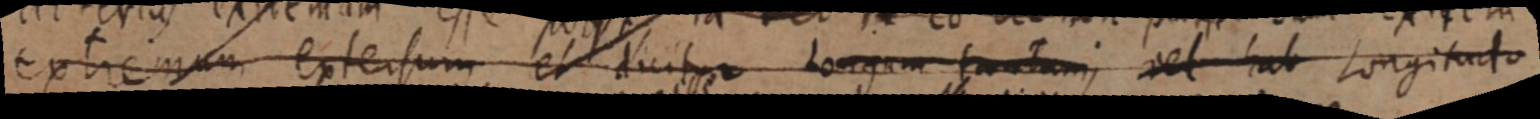
extremum extensum est duitur Longem tantum, vel hab Longitudo